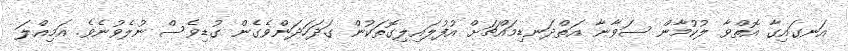
އަނގައިގާ އޮތްވާ ލުކުމާން ސަވާނާ އަތްދަނޑިމައްޗަށް އުފުލައިލިގޮތަކުން ގަދަހަދަންވެގެން ގުޑިވެސް ނުލެވުނެވެ. އަމިއްލަ